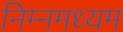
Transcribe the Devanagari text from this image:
निम्नमध्यम